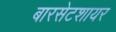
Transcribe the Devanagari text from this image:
बारसेटशायर